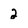
Character: 2